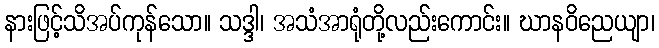
နားဖြင့်သိအပ်ကုန်သော။ သဒ္ဒါ၊ အသံအာရုံတို့လည်းကောင်း။ ဃာနဝိညေယျာ၊